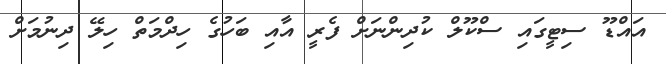
އައްޑޫ ސިޓީގައި ސްކޫލް ކުދިންނަށް ފެރީ އާއި ބަހުގެ ހިދްމަތް ހިލޭ ދިނުމަށް